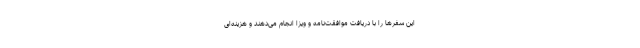
این سفرها را با دریافت موافقت‌نامه و ویزا انجام می‌دهند و هزینه‌ای